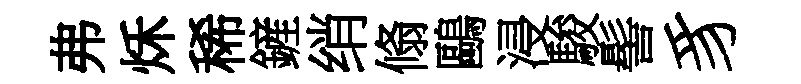
弗秌稀鏟绡翛鷗浸駿髻豸